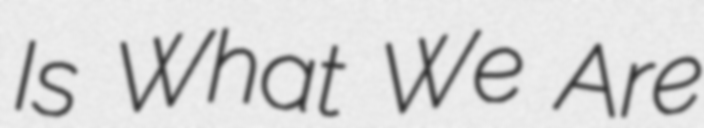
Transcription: Is What We Are